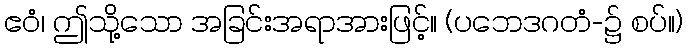
ဧဝံ၊ ဤသို့သော အခြင်းအရာအားဖြင့်။ (ပဘေဒဂတံ-၌ စပ်။)